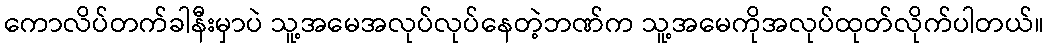
ကောလိပ်တက်ခါနီးမှာပဲ သူ့အမေအလုပ်လုပ်နေတဲ့ဘဏ်က သူ့အမေကိုအလုပ်ထုတ်လိုက်ပါတယ်။